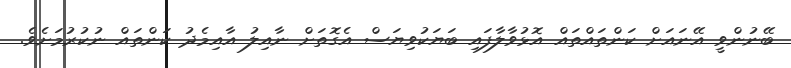
ބޭނުންވީ އޭނައަށް ކަންތައްތައް އޮޅުވާލާފައި ބަޔަކުވިޔަސް އެގޮތަށް ނާއިލު އާއިމެދު ކަންތައް ނުކުރުމަށެވެ.